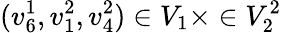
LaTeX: (v_{6}^{1},v_{1}^{2},v_{4}^{2})\in V_{1}\times\in V_{2}^{2}